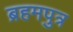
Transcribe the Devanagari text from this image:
ब्रहमपुत्र